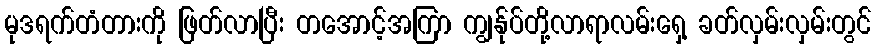
မုဒရက်တံတားကို ဖြတ်လာပြီး တအောင့်အကြာ ကျွန်ုပ်တို့လာရာလမ်းရှေ့ ခတ်လှမ်းလှမ်းတွင်